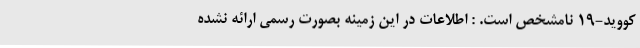
کووید-19 نامشخص است. : اطلاعات در این زمینه بصورت رسمی ارائه نشده